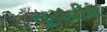
સૂચવીશ